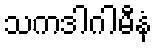
သကဒါဂါမီနံ